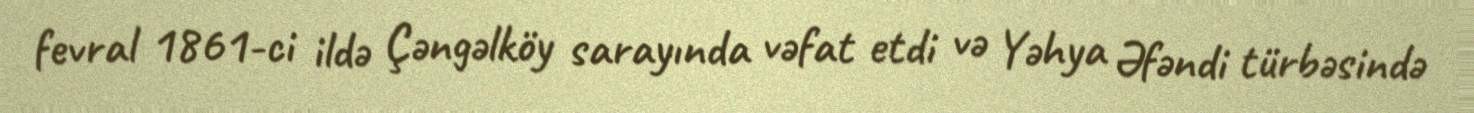
fevral 1861-ci ildə Çəngəlköy sarayında vəfat etdi və Yəhya Əfəndi türbəsində